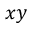
x y